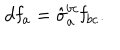
\mathbf { d f } _ { a } = \hat { \sigma } _ { a } ^ { b c } \mathbf { f } _ { b c } .